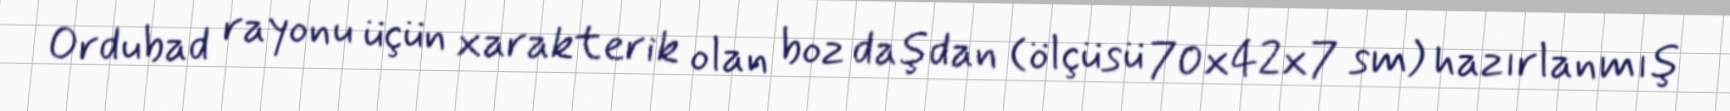
Ordubad rayonu üçün xarakterik olan boz daşdan (ölçüsü 70x42x7 sm) hazırlanmış